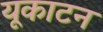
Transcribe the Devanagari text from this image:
यूकाटन